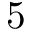
5